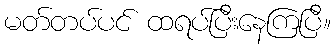
မတ်တပ်ပင် ထရပ်ပြီးနေကြပြီ။